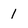
Character: I